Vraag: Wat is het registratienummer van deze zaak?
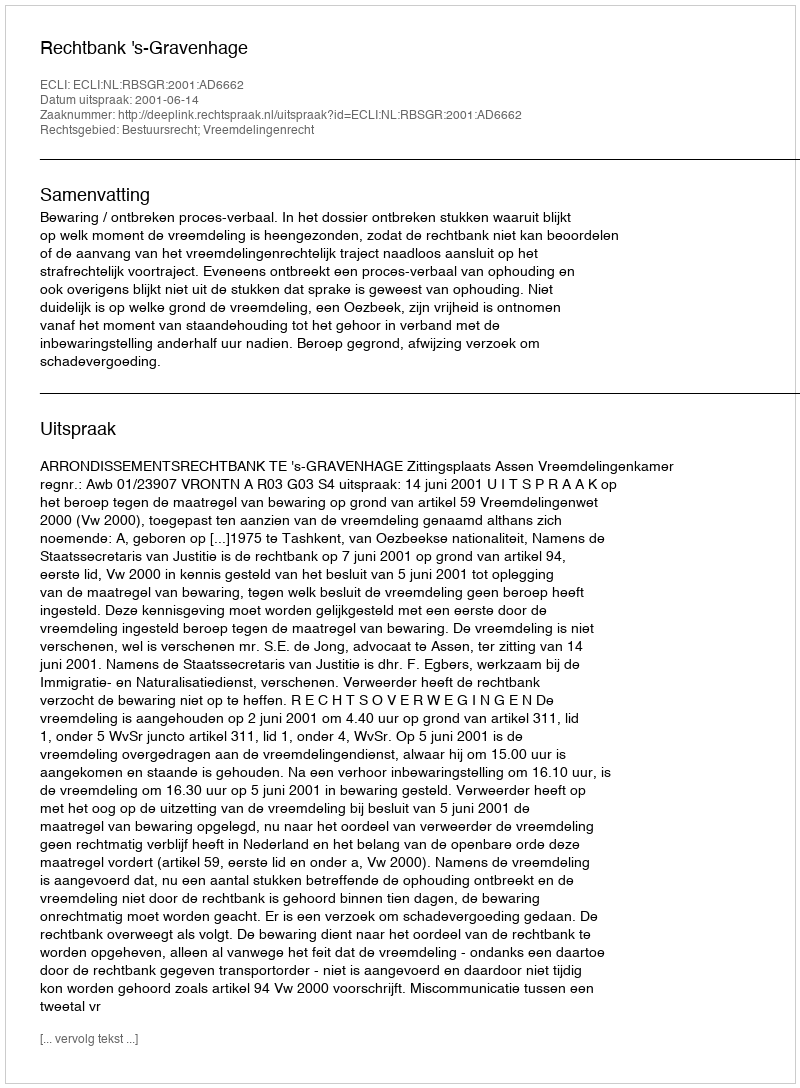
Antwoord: http://deeplink.rechtspraak.nl/uitspraak?id=ECLI:NL:RBSGR:2001:AD6662